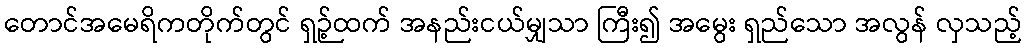
တောင်အမေရိကတိုက်တွင် ရှဉ့်ထက် အနည်းငယ်မျှသာ ကြီး၍ အမွေး ရှည်သော အလွန် လှသည့်